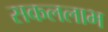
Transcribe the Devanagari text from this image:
सकललाभ